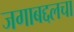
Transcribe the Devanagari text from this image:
जगाबद्दलचा